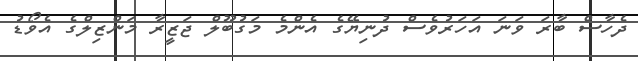
ދެހާސް ބާރަ ވަނަ އަހަރުވެސް ދުނިޔޭގެ އެންމެ މަގުބޫލް ޖަޒީރާ މަންޒިލްގެ އެވޯޑު